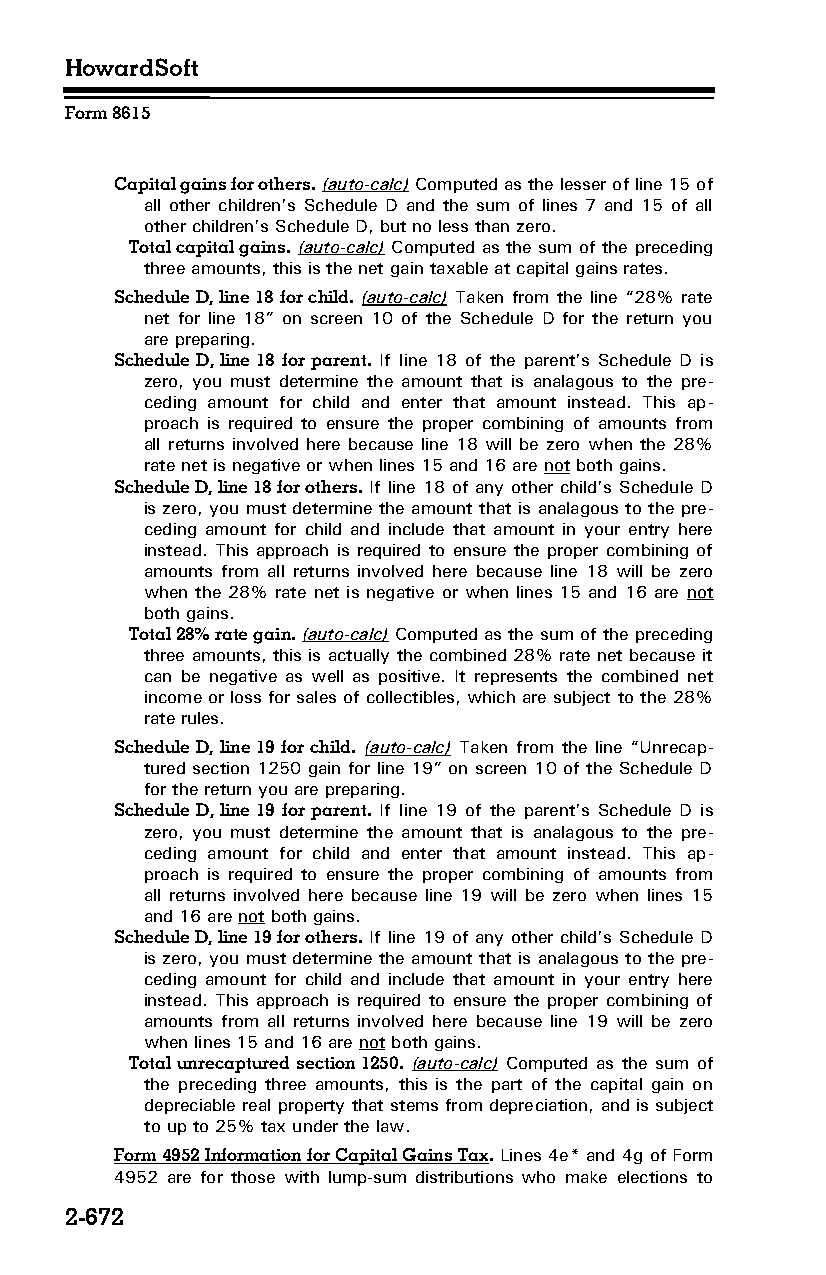
HowardSoft
 Form 8615
 Capital gains for others. (auto-calc) Computed as the lesser of line 15 of
 all other children’s Schedule D and the sum of lines 7 and 15 of all
 other children’s Schedule D, but no less than zero.
 Total capital gains. (auto-calc) Computed as the sum of the preceding
 three amounts, this is the net gain taxable at capital gains rates.
 Schedule D, line 18 for child. (auto-calc) Taken from the line “28% rate
 net for line 18” on screen 10 of the Schedule D for the return you
 are preparing.
 Schedule D, line 18 for parent. If line 18 of the parent’s Schedule D is
 zero, you must determine the amount that is analagous to the pre­
 ceding amount for child and enter that amount instead. This ap­
 proach is required to ensure the proper combining of amounts from
 all returns involved here because line 18 will be zero when the 28%
 rate net is negative or when lines 15 and 16 are not both gains.
 Schedule D, line 18 for others. If line 18 of any other child’s Schedule D
 is zero, you must determine the amount that is analagous to the pre­
 ceding amount for child and include that amount in your entry here
 instead. This approach is required to ensure the proper combining of
 amounts from all returns involved here because line 18 will be zero
 when the 28% rate net is negative or when lines 15 and 16 are not
 both gains.
 Total 28% rate gain. (auto-calc) Computed as the sum of the preceding
 three amounts, this is actually the combined 28% rate net because it
 can be negative as well as positive. It represents the combined net
 income or loss for sales of collectibles, which are subject to the 28%
 rate rules.
 Schedule D, line 19 for child. (auto-calc) Taken from the line “Unrecap­
 tured section 1250 gain for line 19” on screen 10 of the Schedule D
 for the return you are preparing.
 Schedule D, line 19 for parent. If line 19 of the parent’s Schedule D is
 zero, you must determine the amount that is analagous to the pre­
 ceding amount for child and enter that amount instead. This ap­
 proach is required to ensure the proper combining of amounts from
 all returns involved here because line 19 will be zero when lines 15
 and 16 are not both gains.
 Schedule D, line 19 for others. If line 19 of any other child’s Schedule D
 is zero, you must determine the amount that is analagous to the pre­
 ceding amount for child and include that amount in your entry here
 instead. This approach is required to ensure the proper combining of
 amounts from all returns involved here because line 19 will be zero
 when lines 15 and 16 are not both gains.
 Total unrecaptured section 1250. (auto-calc) Computed as the sum of
 the preceding three amounts, this is the part of the capital gain on
 depreciable real property that stems from depreciation, and is subject
 to up to 25% tax under the law.
 Form 4952 Information for Capital Gains Tax. Lines 4e* and 4g of Form
 4952 are for those with lump-sum distributions who make elections to
 2-672